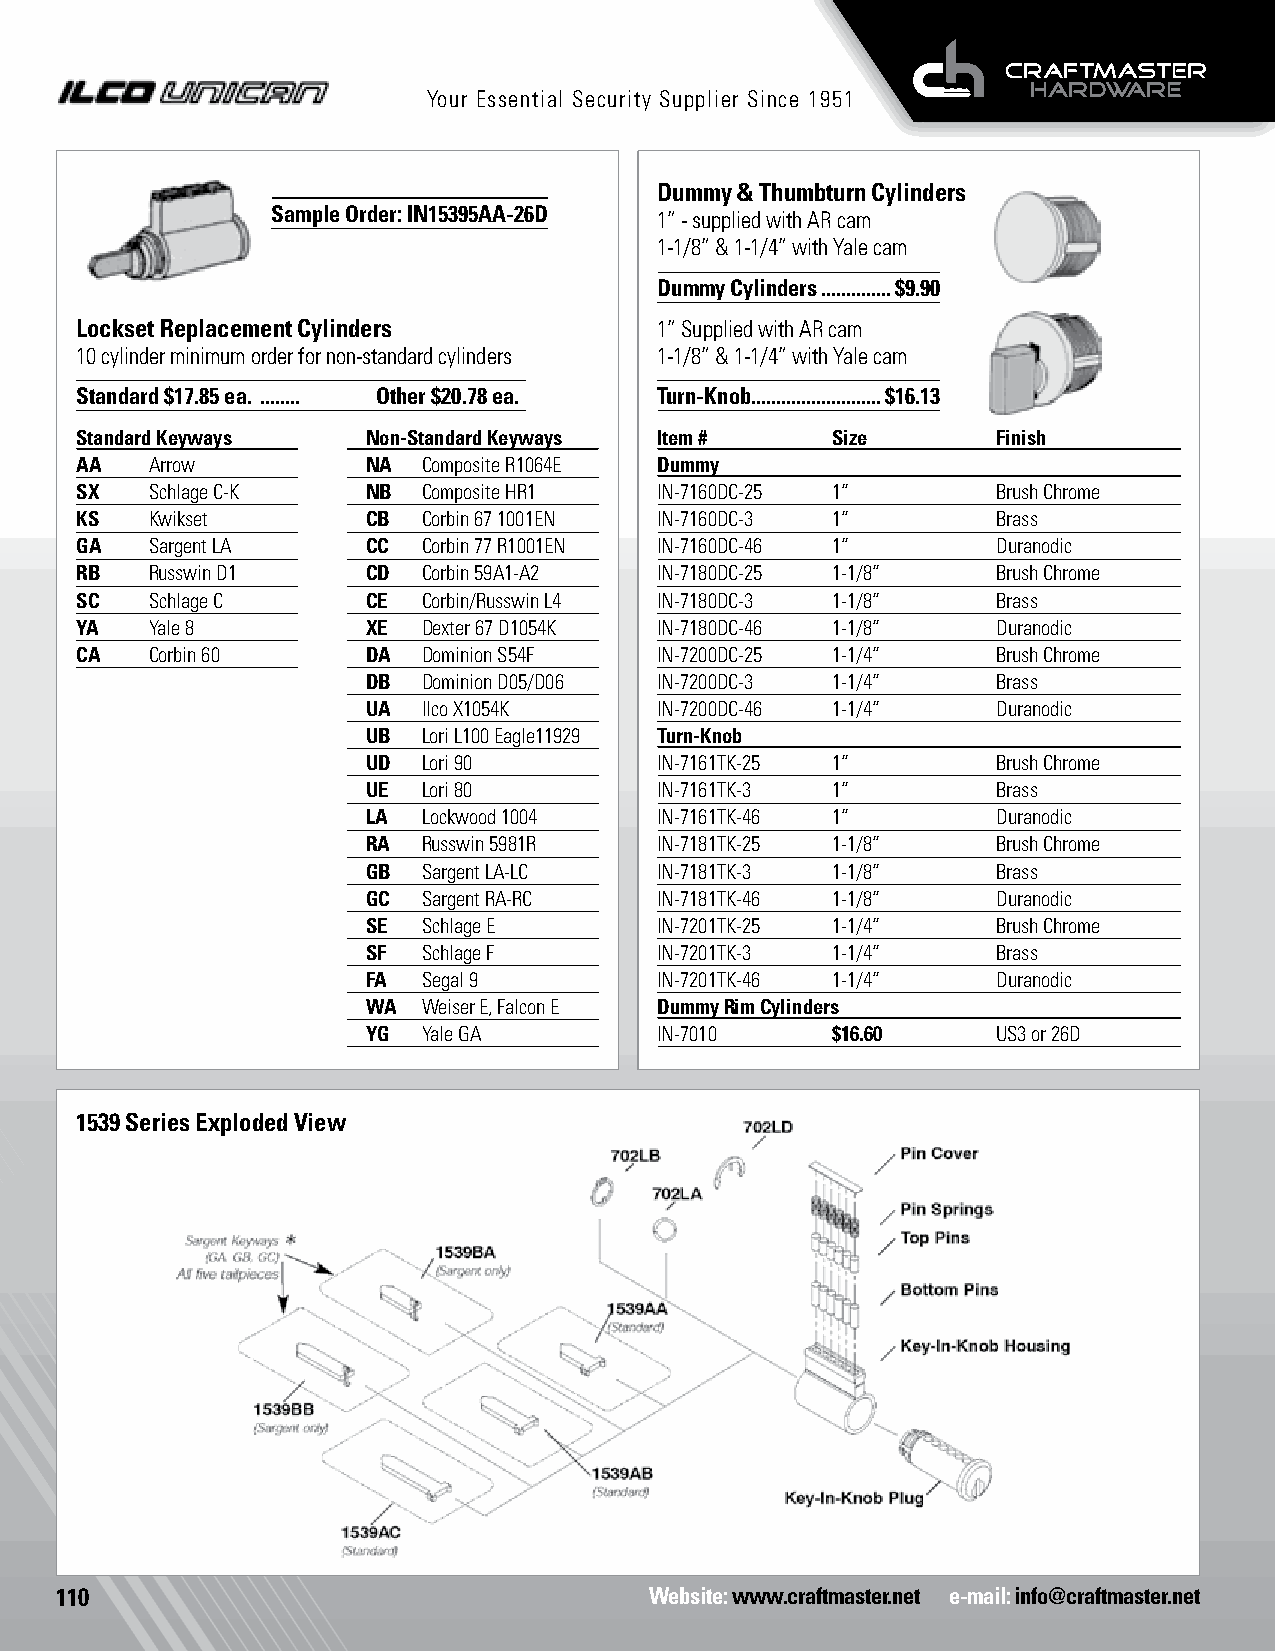
Your Essential Security Supplier Since 1951
 Dummy & Thumbturn Cylinders
 Sample Order: IN15395AA-26D
 1” - supplied with AR cam
 1-1/8” & 1-1/4” with Yale cam
 Dummy Cylinders ..............$9.90
 Lockset Replacement Cylinders          1” Supplied with AR cam
 10 cylinder minimum order for non-standard cylinders 1-1/8” & 1-1/4” with Yale cam
 Standard $17.85 ea. ........ Other $20.78 ea. Turn-Knob..........................$16.13
 Standard Keyways   Non-Standard Keyways Item #    Size       Finish
 AA   Arrow         NA  Composite R1064E Dummy
 SX   Schlage C-K   NB  Composite HR1   IN-7160DC-25 1”       Brush Chrome
 KS   Kwikset       CB  Corbin 67 1001EN IN-7160DC-3 1”       Brass
 GA   Sargent LA    CC  Corbin 77 R1001EN IN-7160DC-46 1”     Duranodic
 RB   Russwin D1    CD  Corbin 59A1-A2  IN-7180DC-25 1-1/8”   Brush Chrome
 SC   Schlage C     CE  Corbin/Russwin L4 IN-7180DC-3 1-1/8”  Brass
 YA   Yale 8        XE  Dexter 67 D1054K IN-7180DC-46 1-1/8”  Duranodic
 CA   Corbin 60     DA  Dominion S54F   IN-7200DC-25 1-1/4”   Brush Chrome
 DB  Dominion D05/D06 IN-7200DC-3 1-1/4”   Brass
 UA  Ilco X1054K     IN-7200DC-46 1-1/4”   Duranodic
 UB  Lori L100 Eagle11929 Turn-Knob
 UD  Lori 90         IN-7161TK-25 1”       Brush Chrome
 UE  Lori 80         IN-7161TK-3 1”        Brass
 LA  Lockwood 1004   IN-7161TK-46 1”       Duranodic
 RA  Russwin 5981R   IN-7181TK-25 1-1/8”   Brush Chrome
 GB  Sargent LA-LC   IN-7181TK-3 1-1/8”    Brass
 GC  Sargent RA-RC   IN-7181TK-46 1-1/8”   Duranodic
 SE  Schlage E       IN-7201TK-25 1-1/4”   Brush Chrome
 SF  Schlage F       IN-7201TK-3 1-1/4”    Brass
 FA  Segal 9         IN-7201TK-46 1-1/4”   Duranodic
 WA  Weiser E, Falcon E Dummy Rim Cylinders
 YG  Yale GA         IN-7010    $16.60     US3 or 26D
 1539 Series Exploded View
 110                                    Website: www.craftmaster.net e-mail: info@craftmaster.net